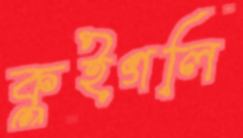
কুইগলি